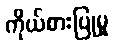
ကိုယ်စားပြုမှု